Vaccination in Burma 1912-1922 - 1912-1922
Year: 1912
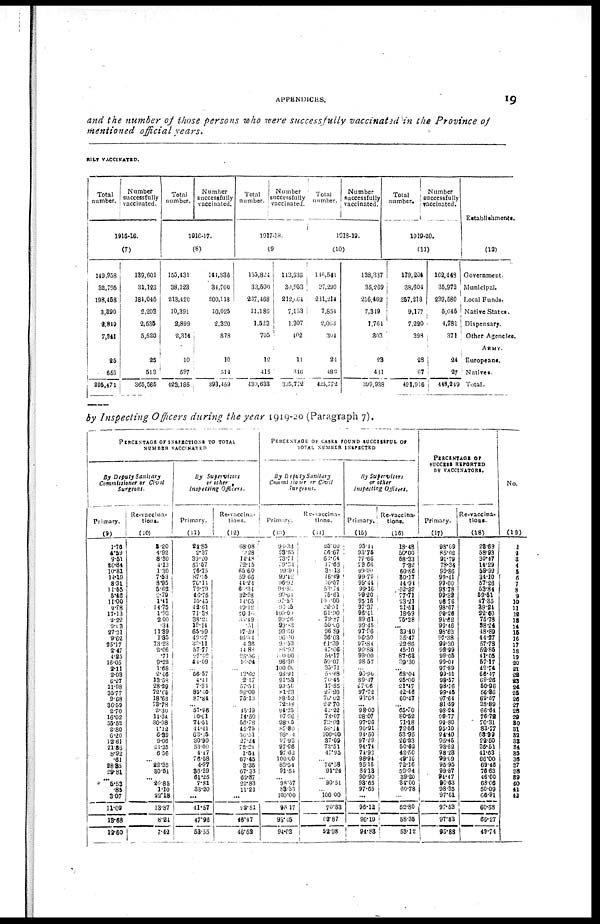
APPENDICES.
19
and the number of those persons who were successfully vaccinated in the Province of
mentioned official years.
RILY VACCINATED.
Total
number.
Number
successfully
vaccinated.
1915-16.
(7)
149,958
32,795
198,458
3,390
2,849
7,341
25
655
395,471
139,601
31,123
184,045
2,208
2,535
5,520
25
513
365,565
Total
number.
Number
successfully
vaccinated.
1916-17.
(8)
155,431
38,123
213,420
10,391
2,899
2,314
10
597
423,185
144,836
34,760
200,118
10,025
2,320
878
10
512
393,459
Total
number.
Number
successfully
vaccinated.
1917-18.
(9)
155,824
33,500
227,468
11,186
1,523
705
12
415
430,633
143,536
30,953
212,064
7,153
1,307
402
11
316
305,772
Total
number.
Number
successfully
vaccinated.
1918-19.
(10)
146,541
27,290
231,214
7,854
2,083
304
24
482
425,772
138,387
35,269
216,462
7,349
1,764
303
23
431
399,938
Total
number.
Number
successfully
vaccinated.
1919-20.
(11)
179,204
38,604
257,218
9,177
7,220
398
28
67
491,916
162,448
35,973
239,580
5,045
4,781
371
24
27
448,249
Establishments.
(12)
Government.
Municipal.
Local Funds.
Native States.
Dispensary.
Other Agencies.
ARMY.
Europeans.
Natives.
Total.
by Inspecting Officers during the year 1919-20 (Paragraph 7).
PERCENTAGE OF INSPECTIONS TO TOTAL
NUMBER VACCINATED.
By Deputy Sanitary
Commissioner or Civil
Surgeons.
Primary.
(9)
1.76
4.59
9.51
20.84
10.81
14.19
8.31
11.65
5.46
11.00
9.88
17.13
2.22
9.03
27.31
9.62
25.17
2.47
4.25
16.05
2.11
2.03
6.27
11.98
35.77
9.68
36.59
2.70
16.02
55.52
2.80
6.20
12.61
21.86
8.92
.61
38.85
29.81
...
5.53
.85
3.07
11.09
13.68
12.60
Re-vaccina-
tions.
(10)
2.20
4.92
8.30
4.13
1.30
7.53
8.95
5.62
2.79
1.41
14.75
1.93
2.00
.34
11.39
1.85
73.23
2.06
.71
9.22
1.68
2.46
13.58
28.29
72.65
18.68
73.78
2.30
14.34
30.98
1.12
6.39
9.06
21.25
6.56
...
22.35
30.54
...
20.85
1.10
22.18
13.87
8.24
7.42
By
Supervisors
or other
Inspecting
Officers.
Primary.
(11)
24.85
2.37
39.20
57.57
76.75
87.25
76.14
79.79
46.75
10.45
42.61
71.38
38.21
19.14
65.99
49.37
30.11
57.77
27.12
44.09
...
56.57
4.11
7.31
85.40
87.84
... 57.96
10.61
71.51
14.41
63.15
30.99
53.00
4.47
76.58
4.97
36.39
61.25
7.81
33.20
...
41.57
17.96
53.55
Re-vaccina-
tions.
(12)
68.08
7.28
14.48
72.15
65.60
59.66
44.21
60.34
32.98
14.65
10.12
70.10
35.49
.51
17.29
46.44
4.36
14.88
25.36
16.04
...
13.62
2.17
57.53
92.09
75.13
...
45.19
14.50
56.78
45.75
56.51
27.24
72.21
1.54
67.45
3.35
67.33
62.87
22.83
11.21
...
22.51
46.47
46.52
PERCENTAGE OF CASES FOUND SUCCESSFUL OF
TOTAL NUMBER INSPECTED
By Deputy Sanitary
Commissioner or Civil
Surgeons.
Primary.
(13)
93.33
89.55
78.74
19.31
99.30
99.42
96.92
98.50
99.64
97. 53
93.05
100.00
90.26
99.83
99.60
96.00
90.53
85.92
100.00
96.30
100.00
98.91
91.53
99.36
81.23
88.52
72.38
94.23
97.36
98.45
88.80
98.04
97.93
97.96
97.62
100.00
83.34
91.54
...
98.37
83.33
100.00
95.17
93.45
94.03
Re-vaccina-
tions.
(14)
25.00
66.67
68.64
17.65
30.13
16.49
10.57
53.74 75.61
100.00
22.51
61.90
79.87
50.00
96.89
36.03
61.39
47.06
54.17
59.07
35.71
58.68
70.45
17.85
27.30
70.02
24.70
42.22
78.07
73.03
58.14
100.00
37.09
73.51
47.95
...
76.58
91.24
...
90.51
...
100.00
70.83
62.87
52.98
By Supervisors
or other
Inspecting Officers.
Primary.
(15)
95.44
93.75
77.66
73.66
99.90
99.72
99.44
99.16
99.20
95.16
97.37
96.41
89.61
99.45
97.96
96.50
97.84
90.88
99.00
98.57
...
96.90
89.47
57.06
97.72
93.68
...
98.00
98.07
97.96
90.91
94.50
97.29
94.74
74.92
98.94
95.16
84.13
90.90
93.65
97.65
...
96.12
96.19
94.83
Re-vaccina-
tions.
(16)
18.48
50.00
58.33
7.82
60.86
80.17
44.94
52.22
77.71
23.21
21.51
18.59
75.28
... 89.40
35.47
22.86
45.10
87.63
39.30
... 68.04
25.00
21.47
42.46
60.47
...
65.70
80.52
71.18
72.56
53.95
26.23
50.62
42.50
49.16
72.16
59.94
39.20
34.00
60.78
...
52.80
58.35
53.12
PERCENTAGE OF
SUCCESS REPORTED
BY VACCINATORS.
Primary.
(17)
98.09
85.02
91.79
78.34
99.86
99.41
99.00
98.78
99.32
96.76
98.67
99.26
94.62
99.46
98.62
97.38
99.30
92.99
99.05
99.04
97.89
99.01
98.57
98.16
99.45
97.64
81.59
98.24
99.77
99.80
95.10
94.40
95.45
93.82
98.23
99.69
95.95
99.87
94.47
96.63
98.35
97.61
97.53
97.83
95.88
Re-vaccina-
tions.
(18)
23.69
58.93
30.47
14.29
59.99
34.10
57.26
53.84
59.51
47.35
39.24
22.60
75.78
38.24
48.89
44.27
57.78
52.85
41.05
57.17
42.74
56.47
69.26
50.96
56.86
69.57
38.89
66.64
76.72
70.31
83.77
68.99
22.50
35.51
41.63
66.00
69.46
76.63
46.00
68.06
50.09
66.91
60.58
65.27
49.74
No.
(19)
1
2 3
4
5
6
7
8 9
10
11
12
13
14
15
16
17
18
19
20
21
22
23
24
25
26
27
28
29
30
31
32
33
34
35
36
37
38
39
40
41
42